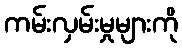
ကမ်းလှမ်းမှုများကို